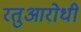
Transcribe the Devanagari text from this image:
रतुआरोधी